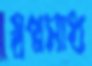
স্বপ্নসাধ